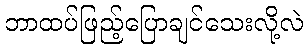
ဘာထပ်ဖြည့်ပြောချင်သေးလို့လဲ